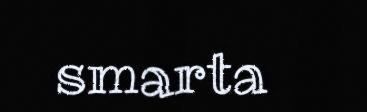
smarta